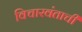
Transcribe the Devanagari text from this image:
विचारवंताची